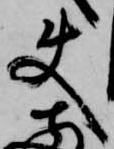
使